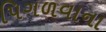
પિગળવાના